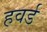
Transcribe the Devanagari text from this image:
हवर्ड